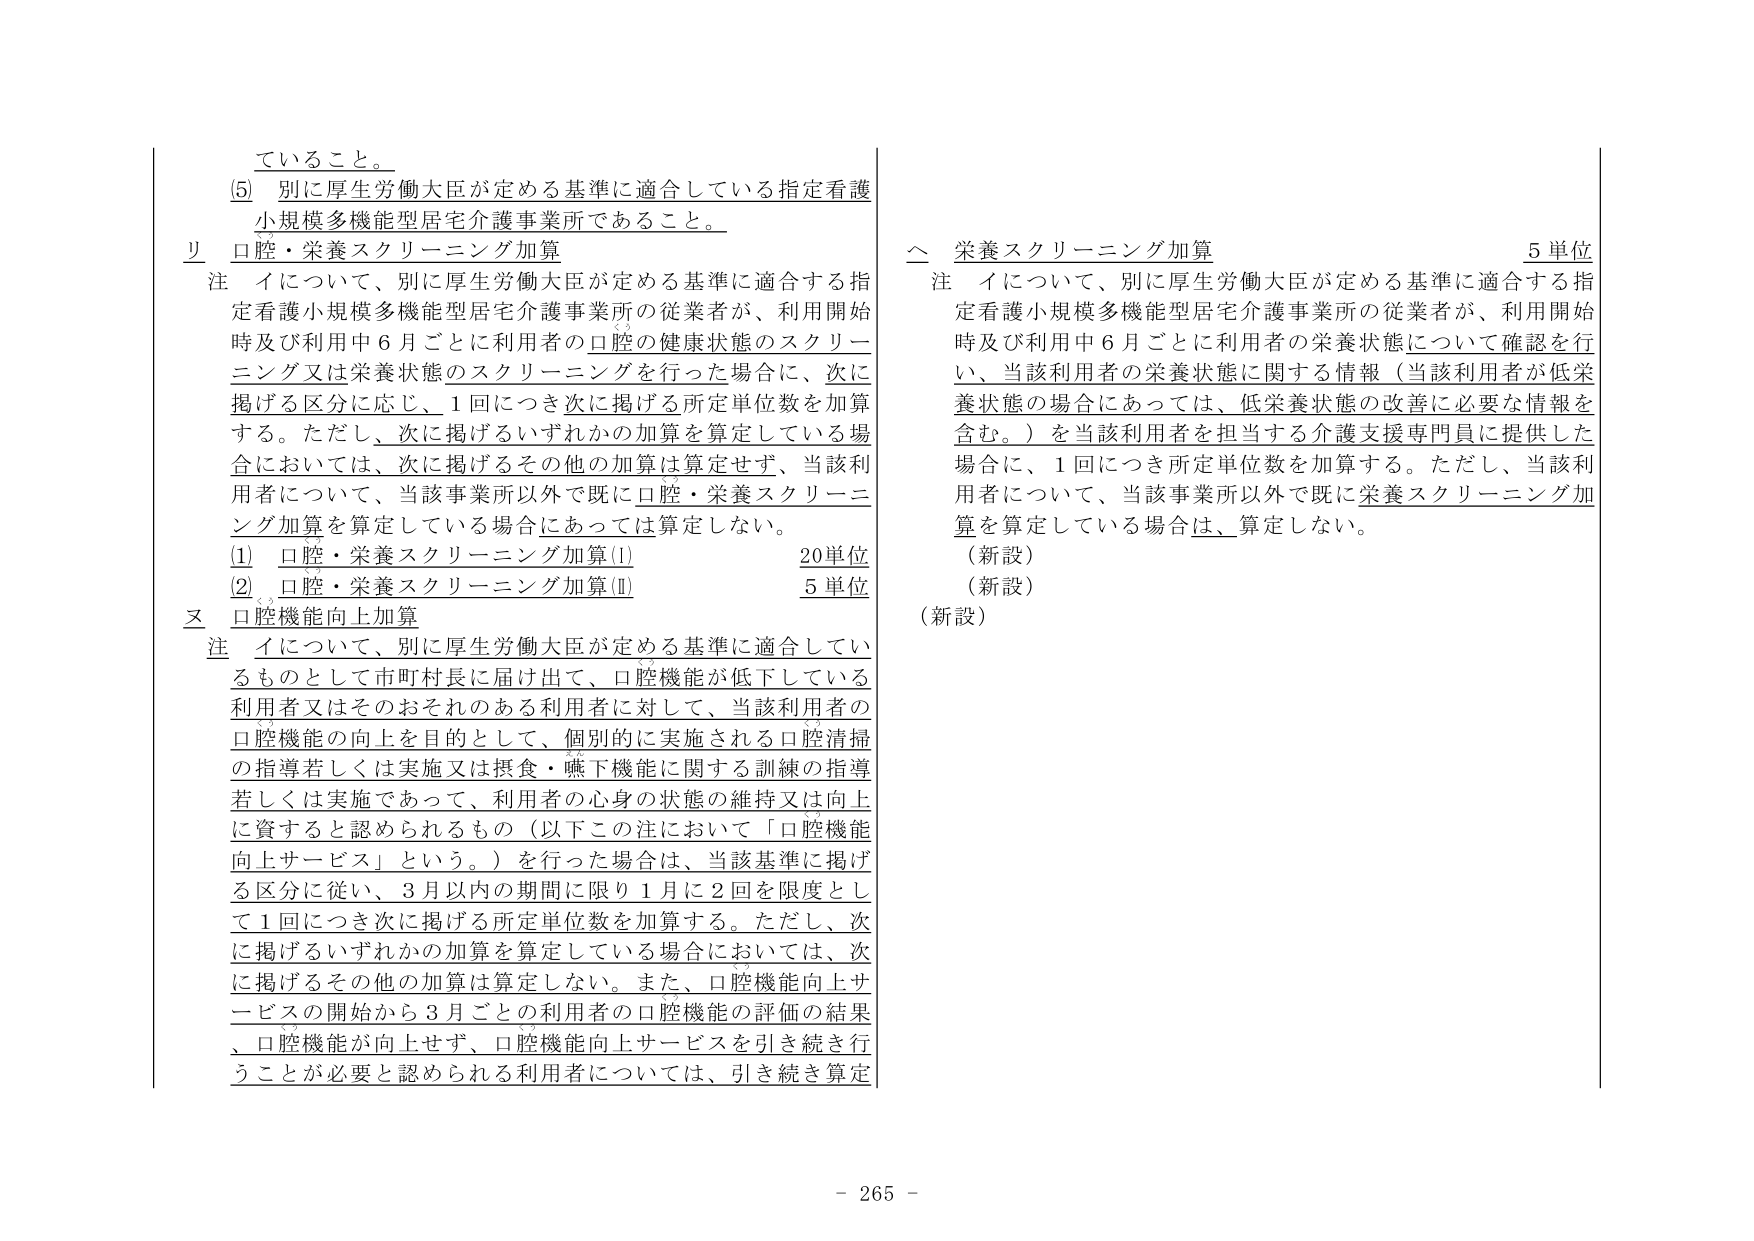
ていること。

(5) 別に厚生労働大臣が定める基準に適合している指定看護
小規模多機能型居宅介護事業所であること。

リ 口腔・栄養スクリーニング加算
注 イについて、別に厚生労働大臣が定める基準に適合する指
定看護小規模多機能型居宅介護事業所の従業者が、利用開始
時及び利用中6月ごとに利用者の口腔の健康状態のスクリー
ニング又は栄養状態のスクリーニングを行った場合に、次に
掲げる区分に応じ、1回につき次に掲げる所定単位数を加算
する。ただし、次に掲げるいずれかの加算を算定している場
合においては、次に掲げるその他の加算は算定せず、当該利
用者について、当該事業所以外で既に口腔・栄養スクリーニ
ング加算を算定している場合にあっては算定しない。
(1) 口腔・栄養スクリーニング加算(I) 20単位
(2) 口腔・栄養スクリーニング加算(II) 5単位

ヌ 口腔機能向上加算
注 イについて、別に厚生労働大臣が定める基準に適合してい
るものとして市町村長に届け出て、口腔機能が低下している
利用者又はそのおそれのある利用者に対して、当該利用者の
口腔機能の向上を目的として、個別的に実施される口腔清掃
の指導若しくは実施又は摂食・嚥下機能に関する訓練の指導
若しくは実施であって、利用者の心身の状態の維持又は向上
に資すると認められるもの（以下この注において「口腔機能
向上サービス」という。）を行った場合、当該基準に掲げ
る区分に従い、3月以内の期間に限り1月に2回を限度とし
て1回につき次に掲げる所定単位数を加算する。ただし、次
に掲げるいずれかの加算を算定している場合においては、次
に掲げるその他の加算は算定しない。また、口腔機能向上サ
ービスの開始から3月ごとの利用者の口腔機能の評価の結果
、口腔機能が向上せず、口腔機能向上サービスを引き続き行
うことが必要と認められる利用者については、引き続き算定

△ 栄養スクリーニング加算 5単位
注 イについて、別に厚生労働大臣が定める基準に適合する指
定看護小規模多機能型居宅介護事業所の従業者が、利用開始
時及び利用中6月ごとに利用者の栄養状態について確認を行
い、当該利用者の栄養状態に関する情報（当該利用者が低栄
養状態の場合にあっては、低栄養状態の改善に必要な情報を
含む。）を当該利用者を担当する介護支援専門員に提供した
場合に、1回につき所定単位数を加算する。ただし、当該利
用者について、当該事業所以外で既に栄養スクリーニング加
算を算定している場合は、算定しない。
（新設）
（新設）
（新設）

- 265 -